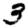
Digit: 3